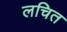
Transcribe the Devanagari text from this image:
लचित